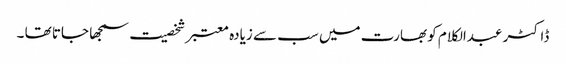
ڈاکٹر عبدالکلام کو بھارت میں سب سے زیادہ معتبر شخصیت سمجھا جاتا تھا ۔